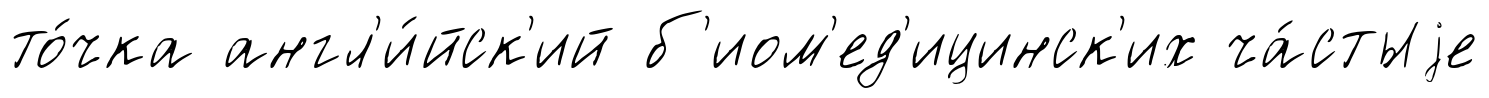
то́чка англ'и́йск'ий б'иом'ед'ицинск'их ча́стыjе